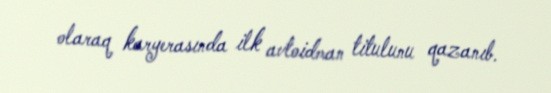
olaraq karyerasında ilk avtoidman titulunu qazanıb.